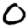
Digit: 0